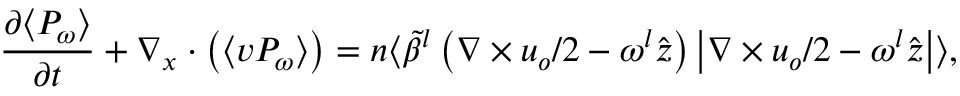
\frac { \partial \langle P _ { \omega } \rangle } { \partial t } + \nabla _ { \boldsymbol { x } } \cdot \big ( \langle \boldsymbol { v } P _ { \omega } \rangle \big ) = n \langle \widetilde { \beta } ^ { l } \left( \nabla \times \boldsymbol { u } _ { o } / 2 - \omega ^ { l } \hat { \boldsymbol { z } } \right) \left| \nabla \times \boldsymbol { u } _ { o } / 2 - \omega ^ { l } \hat { \boldsymbol { z } } \right| \rangle ,